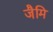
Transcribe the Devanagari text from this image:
जैमि